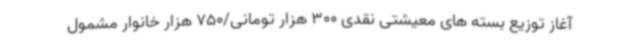
آغاز توزیع بسته های معیشتی نقدی 300 هزار تومانی/750 هزار خانوار مشمول